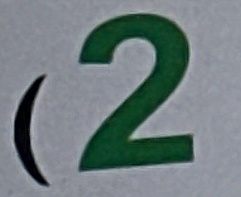
2